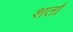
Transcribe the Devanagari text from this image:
शर्तां